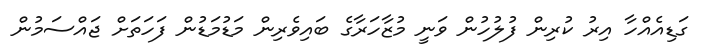
ގަޑިއެއްހާ އިރު ކުރިން ފުލުހުން ވަނީ މުޒާހަރާގެ ބައިވެރިން މަޑުމަޑުން ފަހަތަށް ޖައްސަމުން